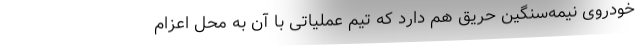
خودروی نیمه‌سنگین حریق هم دارد که تیم عملیاتی با آن به محل اعزام